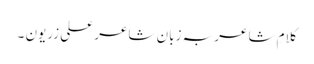
کلامِ شاعر بہ زبانِ شاعر علی زریون ۔